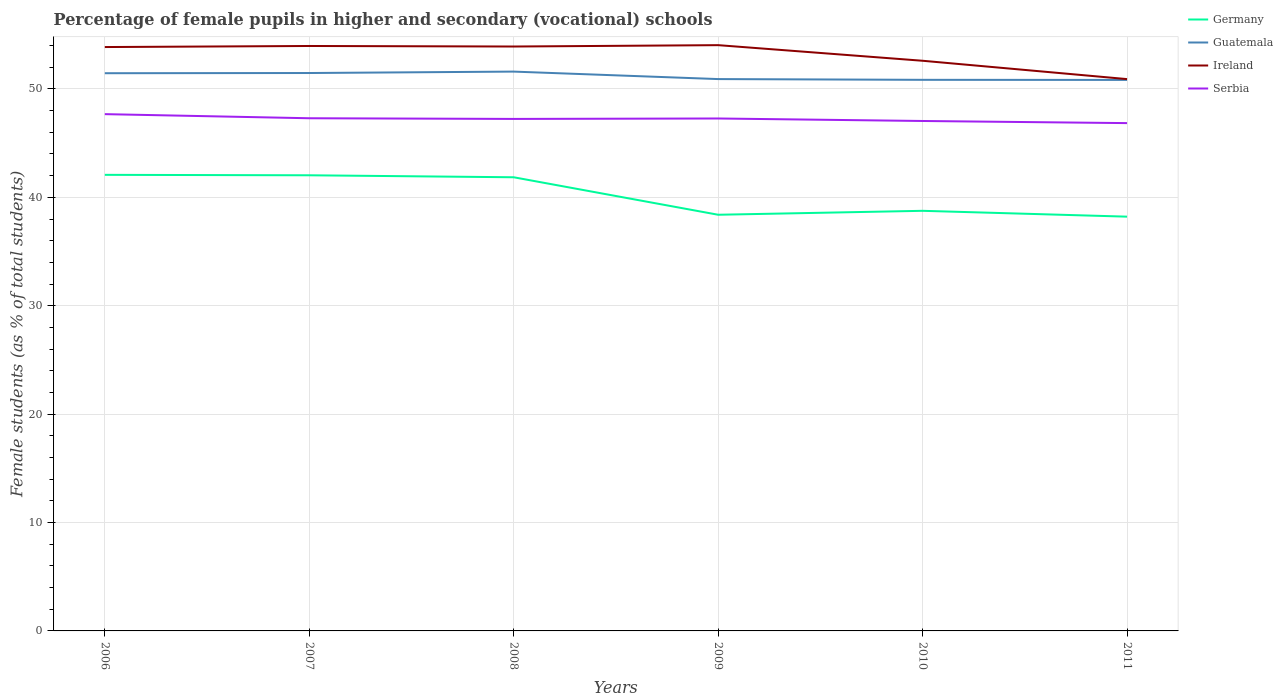
| Years | Germany | Guatemala | Ireland | Serbia |
 | --- | --- | --- | --- | --- |
 | 2006 | 42.1 | 51.5 | 53.9 | 47.7 |
 | 2007 | 42 | 51.5 | 54 | 47.3 |
 | 2008 | 41.9 | 51.6 | 53.9 | 47.2 |
 | 2009 | 38.4 | 50.9 | 54 | 47.3 |
 | 2010 | 38.8 | 50.8 | 52.6 | 47 |
 | 2011 | 38.2 | 50.8 | 50.9 | 46.8 |